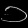
Digit: ၁